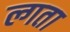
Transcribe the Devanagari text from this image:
ल्गता